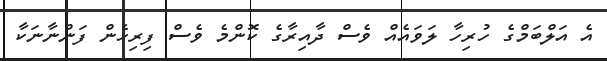
އެ އަލްބަމްގެ ހުރިހާ ލަވައެއް ވެސް ދާއިރާގެ ކޮންމެ ވެސް ފިރިހެން ފަންނާނަކާ